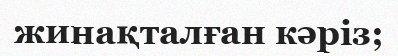
жинақталған кәріз;